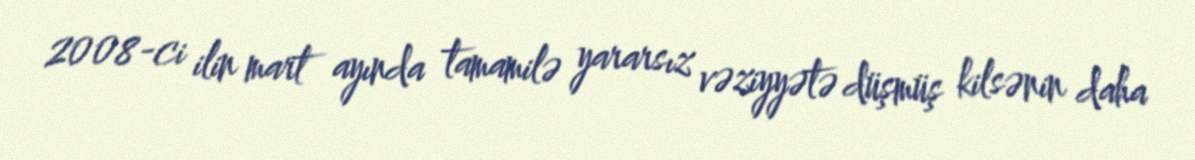
2008-ci ilin mart ayında tamamilə yararsız vəziyyətə düşmüş kilsənin daha